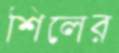
শিলের